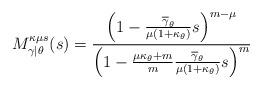
LaTeX: \begin{align*} {{M}^{\kappa \mu s}_{\gamma \left| \theta \right.}}(s)=\frac{{{\left( 1-\frac{\overline{{{\gamma}}}_{\theta }}{\mu \left( 1+{{\kappa }_{\theta }} \right)}s \right)}^{m-\mu }}}{{{\left( 1-\frac{\mu {{\kappa }_{\theta }}+m}{m}\frac{\overline{{{\gamma }}}_{\theta }}{\mu \left( 1+{{\kappa }_{\theta }} \right)}s \right)}^{m}}}\end{align*}